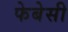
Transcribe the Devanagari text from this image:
फेबेसी